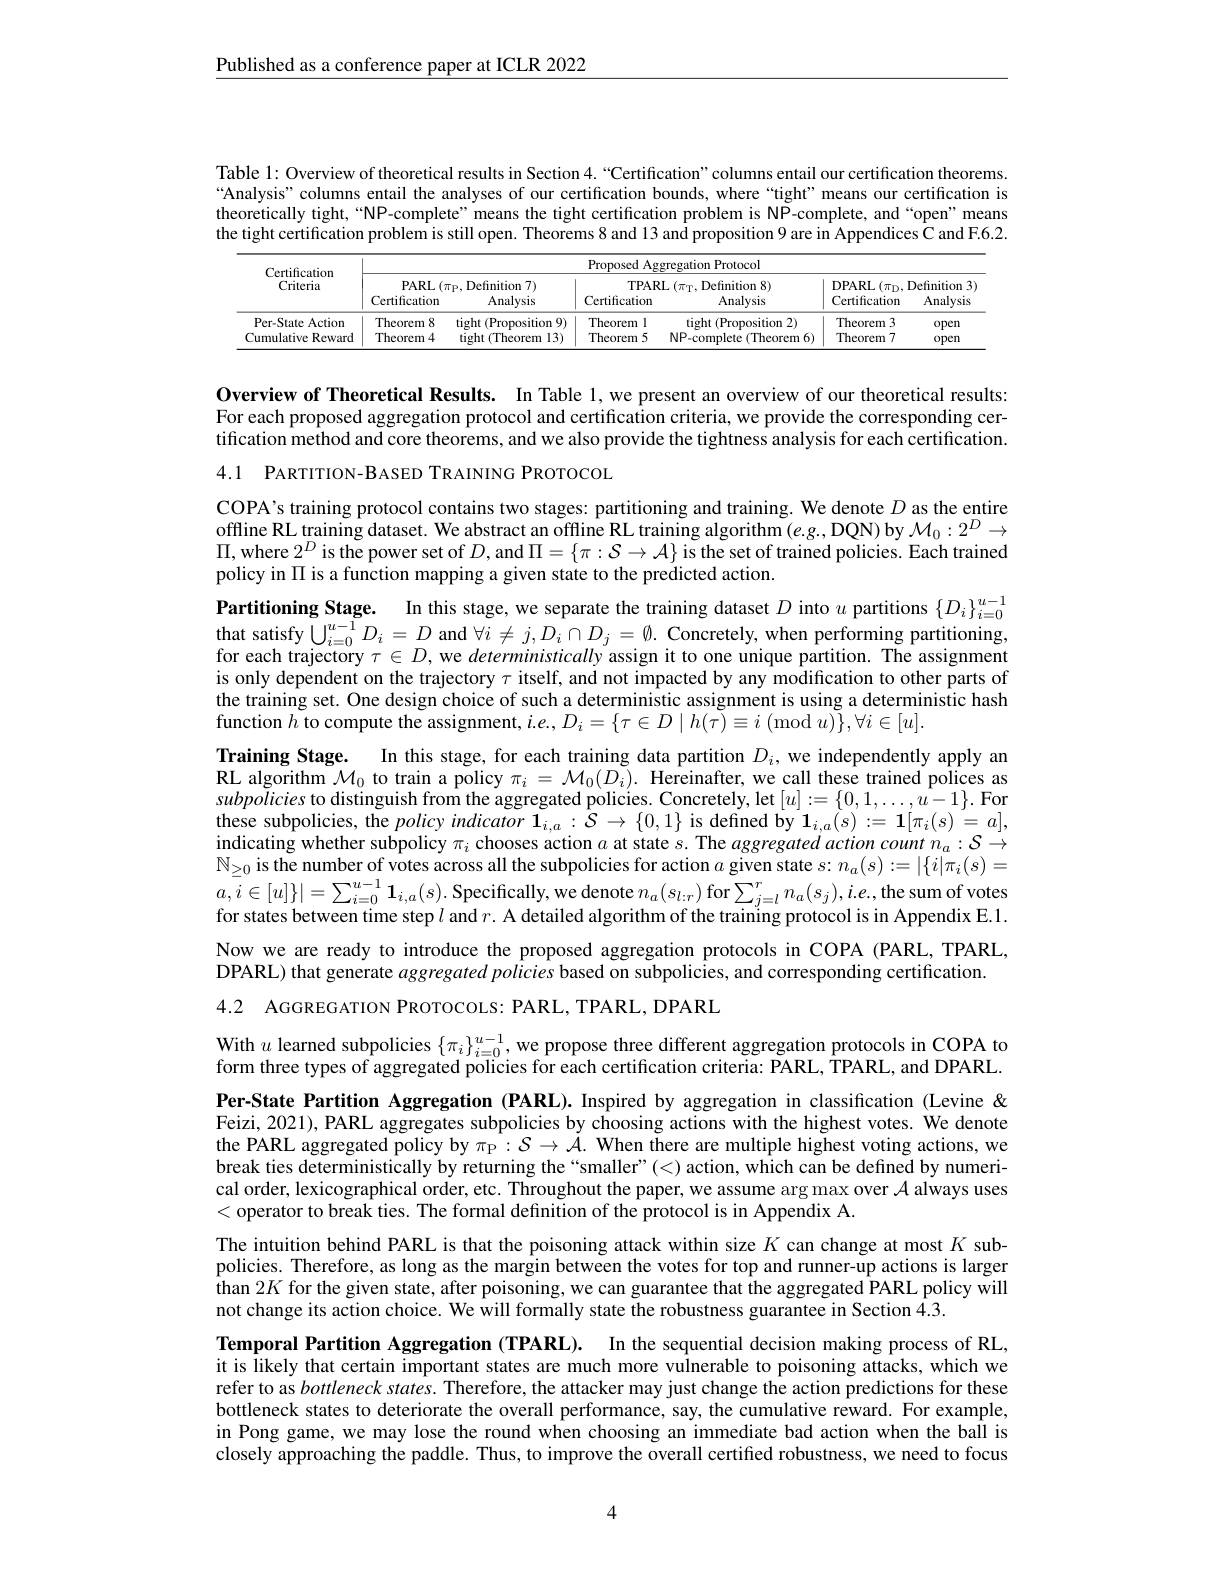
$\underline{\text{Published as a conference paper at ICLR 2022}}$

Table 1: Overview of theoretical results in Section 4.“Certification”columns entail our certification theorems. “Analysis”columns entail the analyses of our certification bounds, where “tight’ means our certification is theoretically tight,“NP-complete”means the tight certification problem is NP-complete, and“open” means the tight certification problem is still open. Theorems 8 and 13 and proposition 9 are in Appendices C and F.6.2.

<table>
	<tbody>
		<tr>
			<th rowspan="3">Certification Criteria</th>
			<th colspan="6">Proposed Aggregation Protocol</th>
		</tr>
		<tr>
			<th colspan="2">PARL$\left ( \pi _{\mathrm{P} }, \text{Definition 7}\right )$</th>
			<th colspan="2">TPARL$\left ( \pi _{\mathrm{T} }, \text{Definition 8}\right )$</th>
			<th colspan="2">DPARL$\left ( \pi _{\mathrm{D} }, \mathrm{Definition~3}\right .$</th>
		</tr>
		<tr>
			<th>Certification</th>
			<th>Analysis</th>
			<th>Certification</th>
			<th>Analysis</th>
			<th>Certification</th>
			<th>Analysis</th>
		</tr>
		<tr>
			<td>$D_{\Delta r}$</td>
			<td>T</td>
			<td>A</td>
			<td>111</td>
			<td> </td>
			<td>7</td>
			<td>11 nrm 1</td>
		</tr>
		<tr>
			<td>Cumulative Reward</td>
			<td>Theorem 4</td>
			<td>tight (Theorem 13)</td>
			<td>Theorem 5</td>
			<td>NP-complete e (Theorem 11 6)</td>
			<td>Theorem 7</td>
			<td>open</td>
		</tr>
	</tbody>
</table>

Overview of Theoretical Results. In Table 1, we present an overview of our theoretical results: For each proposed aggregation protocol and certification criteria, we provide the corresponding certification method and core theorems, and we also provide the tightness analysis for each certification. 4.1 PARTITION-BASED TRAINING PROTOCOL

COPA's training protocol contains two stages: partitioning and training. We denote $D$ as the entire offline RL training dataset. We abstract an offline RL training algorithm $( e. g. $,DQN) by $\mathcal{M}_0:2^D\to$ $\Pi$, where $2^D$ is the power set of $D$,and $\Pi=\{\pi:\mathcal{S}\to\mathcal{A}\}$ is the set of trained policies. Each trained policy in $\Pi$ is a function mapping a given state to the predicted action.

Partitioning Stage. In this stage, we separate the training dataset $D$ into $u$ partitions $\{D_i\}_{i=0}^{u-1}$ that satisfy $\bigcup_i=0^{u-1}D_i=D$ and $\forall i\neq j,D_i\cap D_j=\emptyset.$ Concretely, when performing partitioning, for each trajectory $\tau\in D$, we deterministically assign it to one unique partition. The assignment is only dependent on the trajectory $\tau$ itself, and not impacted by any modification to other parts of the training set. One design choice of such a deterministic assignment is using a deterministic hash function $\tilde{h}$ to compute the assignment, $i.e.,D_i=\{\tau\in D\mid h(\tilde{\tau})\equiv i\pmod{u}\},\forall i\in[u].$
Training Stage. In this stage, for each training data partition $D_i$, we independently apply an $\bar{\text{RL algorithm }\mathcal{M}}_0$ to train a policy $\pi_i=\mathcal{M}_0(\tilde{D_i}).\tilde{\text{Hereinafter,we call these trained polices as}}$ subpolicies to distinguish from the aggregated policies. Concretely, let $[u]:=\{0,1,\ldots,\hat{u}-1\}.$ For these subpolicies, the $policyindicator\mathbf{1}_{i,a}:\tilde{\mathcal{S}}\to\{0,1\}$ is defined by $\mathbf{1}_i,a(s):=\mathbf{1}[\pi_i(s)=a]$, $\hat{\text{indicating whether subpolicy }\pi_i}$ chooses action $a$ at state $s.$ The aggregated action count $n_a:\mathcal{S}\to$ $\mathbb{N}_{\geq0}$ is the number of votes across all the subpolicies for action $a$ given state $s:n_a(s):=|\{i|\pi_i(s)=$ $a,\overline{i}\in[u]\}|=\sum_{i=0}^{u-1}\mathbf{1}_{i,a}(s).$ Specifically, we denote $n_a(s_l:r)$ for$\sum_j=l^rn_a(s_j),i.e.$,the sum of votes for states between time step $l$ and $r.$ A detailed algorithm of the training protocol is in Appendix E.1. Now we are ready to introduce the proposed aggregation protocols in COPA (PARL,TPARL, DPARL) that generate aggregated policies based on subpolicies, and corresponding certification. 4.2 AGGREGATION PROTOCOLS: PARL, TPARL, DPARL

With $u$ learned subpolicies $\{\pi_i\}_{i=0}^{u-1}$, we propose three different aggregation protocols in COPA to form three types of aggregated policies for each certification criteria: PARL, TPARL, and DPARL.

Per-State Partition Aggregation (PARL).Inspired by aggregation in classification (Levine & Feizi, 2021), PARL aggregates subpolicies by choosing actions with the highest votes. We denote the PARL aggregated policy by $\pi_{\mathbb{P}}:\mathcal{S}\to\dot{\mathcal{A}}.$ When there are multiple highest voting actions, we break ties deterministically by returning the “smaller”(<) action, which can be defined by numerical order, lexicographical order, etc. Throughout the paper, we assume arg max over $\mathcal{A}$ always uses <operator to break ties. The formal definition of the protocol is in Appendix A.

The intuition behind PARL is that the poisoning attack within size $K$ can change at most $K$ subpolicies. Therefore, as long as the margin between the votes for top and runner-up actions is larger $\hat{\text{than }2K}$ for the given state, after poisoning, we can guarantee that the aggregated PARL policy will not change its action choice. We will formally state the robustness guarantee in Section 4.3.
Temporal Partition Aggregation (TPARL). In the sequential decision making process of RL, it is likely that certain important states are much more vulnerable to poisoning attacks, which we refer to as bottleneck states. Therefore, the attacker may just change the action predictions for these bottleneck states to deteriorate the overall performance, say, the cumulative reward. For example, in Pong game, we may lose the round when choosing an immediate bad action when the ball is closely approaching the paddle. Thus, to improve the overall certified robustness, we need to focus

4